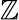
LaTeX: \mathbb{Z}